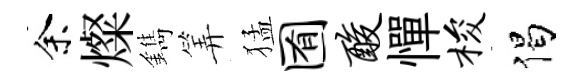
余燦鐫筭猛囿酸憚梭偈